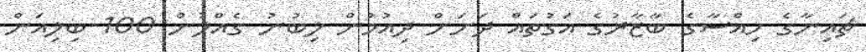
ޗައިނާގެ ހިއްސާގެ ބާޒާރުގެ އަގުތައް ދަށަށް ދިއުމުން ލިބުނު ގެއްލުން 100 ބިލިއަން